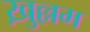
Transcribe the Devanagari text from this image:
ख़ुल्लम